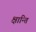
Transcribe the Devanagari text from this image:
क्षान्ति